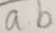
a b